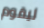
ليقوم